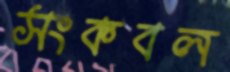
সংকবল